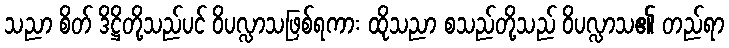
သညာ စိတ် ဒိဋ္ဌိတို့သည်ပင် ဝိပလ္လာသဖြစ်ရကား ထိုသညာ စသည်တို့သည် ဝိပလ္လာသ၏ တည်ရာ